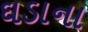
ઘડાના